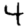
Digit: 4